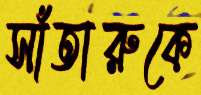
সাঁতারুকে